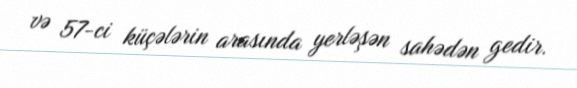
və 57-ci küçələrin arasında yerləşən sahədən gedir.